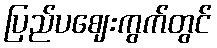
ပြည်ပဈေးကွက်တွင်